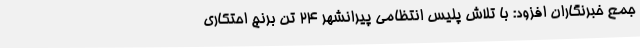
جمع خبرنگاران افزود: با تلاش پلیس انتظامی پیرانشهر 24 تن برنج احتکاری